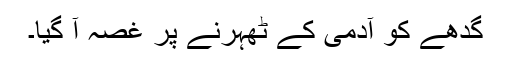
گدھے کو آدمی کے ٹھہرنے پر غصہ آ گیا۔